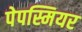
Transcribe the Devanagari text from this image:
पेपस्मियर